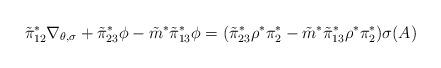
LaTeX: \begin{align*} \tilde \pi_{12}^* \nabla_{\theta,\sigma} + \tilde \pi_{23}^* \phi - \tilde m^* \tilde \pi_{13}^* \phi = (\tilde \pi_{23}^* \rho^* \pi_2^* - \tilde m^* \tilde \pi_{13}^*\rho^* \pi_2^*) \sigma( A)\end{align*}